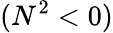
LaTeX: (N^{2}<0)